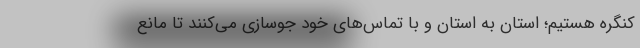
کنگره هستیم؛ استان به استان و با تماس‌های خود جوسازی می‌کنند تا مانع